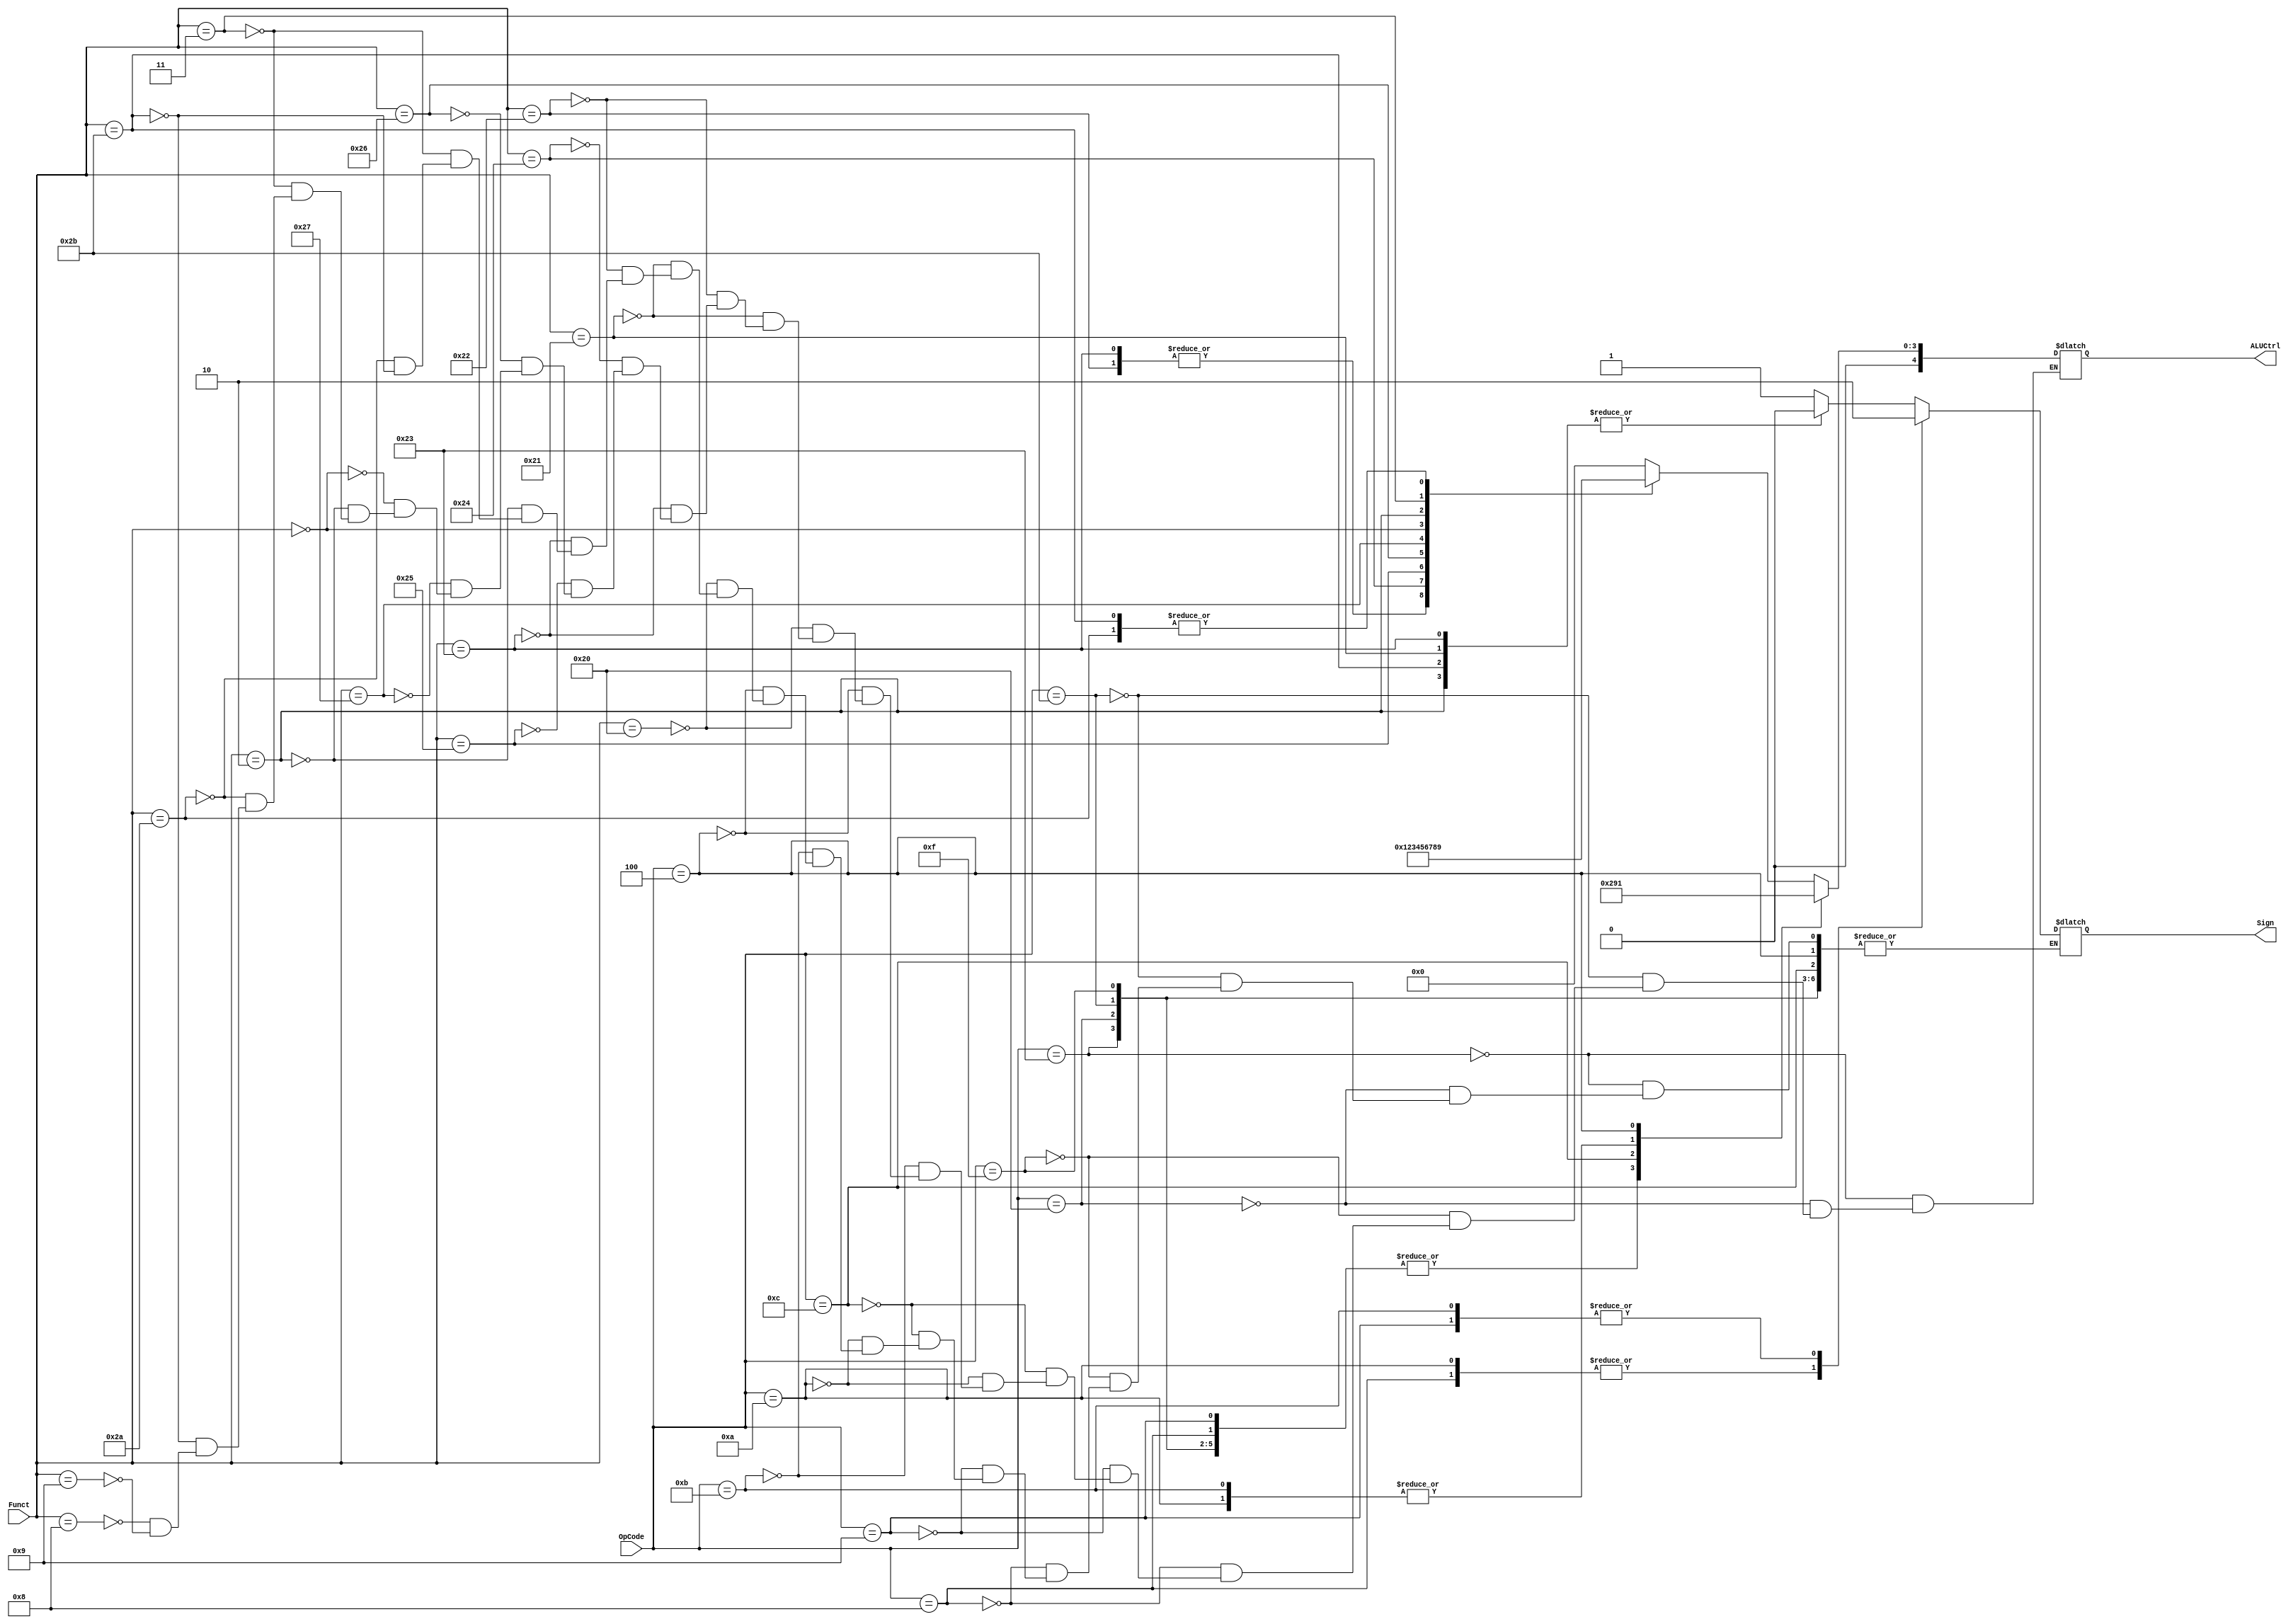
// This program was cloned from: https://github.com/TCL606/MipsPipeline
// License: MIT License

`timescale 1ns / 1ps
module ALUControl (
    OpCode,
    Funct,
    ALUCtrl,
    Sign
);

parameter ADD = 0;
parameter SUB = 1;
parameter AND = 2;
parameter OR = 3;
parameter XOR = 4;
parameter NOR = 5;
parameter SLL = 6;
parameter SRL = 7;
parameter SRA = 8;
parameter SLT = 9;

input [5:0] OpCode;
input [5:0] Funct;
output [4:0] ALUCtrl;
output Sign;

reg [4:0] ALUCtrl;
reg Sign;

always @(OpCode, Funct) begin
    case(OpCode)
    6'h23: ALUCtrl <= ADD;  // lw
    6'h20: ALUCtrl <= ADD;  // lb
    6'h2b: ALUCtrl <= ADD;  // sw
    6'h0f: ALUCtrl <= ADD; // lui
    6'h08: begin
        ALUCtrl <= ADD;
        Sign <= 1;
    end
    6'h09: begin
        ALUCtrl <= ADD;
        Sign <= 0;
    end
    6'h0c: ALUCtrl <= AND;
    6'h0a: begin
        ALUCtrl <= SLT;
        Sign <= 1;
    end
    6'h0b: begin
        ALUCtrl <= SLT;
        Sign <= 0;
    end
    6'h04: ALUCtrl <= SUB;  // beq
    default: begin // Opcode = 0
        case(Funct)
        6'h20: begin
            ALUCtrl <= ADD;
            Sign <= 1;
        end
        6'h21: begin
            ALUCtrl <= ADD;
            Sign <= 0;
        end
        6'h22: begin
            ALUCtrl <= SUB;
            Sign <= 1;
        end
        6'h23: begin
            ALUCtrl <= SUB;
            Sign <= 0;
        end
        6'h24: ALUCtrl <= AND;
        6'h25: ALUCtrl <= OR;
        6'h26: ALUCtrl <= XOR;
        6'h27: ALUCtrl <= NOR;
        6'h00: ALUCtrl <= SLL;
        6'h02: begin
            ALUCtrl <= SRL;
            Sign <= 0;
        end
        6'h03: begin
            ALUCtrl <= SRA;
            Sign <= 1;
        end
        6'h2a: begin
            ALUCtrl <= SLT;
            Sign <= 1;
        end
        6'h2b: begin
            ALUCtrl <= SLT;
            Sign <= 0;
        end
        6'h08: ALUCtrl <= ADD;  // jr
        6'h09: ALUCtrl <= ADD;  // jalr
        default: ALUCtrl <= ALUCtrl;
        endcase
    end
    endcase    
end
    
endmodule